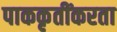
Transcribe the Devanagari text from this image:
पाककृतींकरता